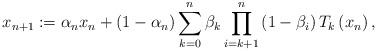
LaTeX: \begin{align*}x_{n+1} := \alpha_n x_n + \left(1-\alpha_n \right) \sum_{k=0}^n \beta_k \prod_{i=k+1}^n \left(1-\beta_i \right) T_k \left(x_n \right),\end{align*}